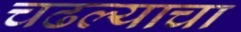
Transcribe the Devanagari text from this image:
चढल्याचा